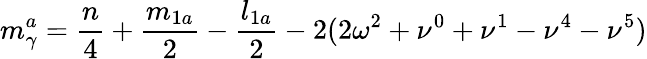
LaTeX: m_{\gamma}^{a}=\frac{n}{4}+\frac{m_{1a}}{2}-\frac{l_{1a}}{2}-2(2\omega^{2}+\nu^{0}+\nu^{1}-\nu^{4}-\nu^{5})